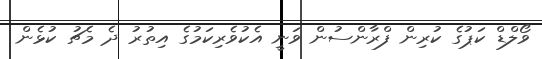
ވޯލްޑް ކަޕުގެ ކުރިން ފްރާންސުން ވަނީ އެކުވެރިކަމުގެ އިތުރު ދެ މެޗު ކުޅެން